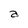
Character: a